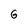
Character: 6